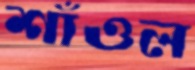
শাঁওল